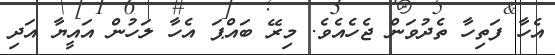
އެހާ ފަތިހާ ތެދުވަން ޖެހެއެވެ. މިރޭ ބައްޕަ އެހާ ލަހުން އައީޔާ އަދި